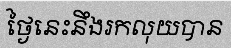
ថ្ងៃនេះនឹងរកលុយបាន